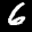
Label: 6